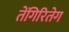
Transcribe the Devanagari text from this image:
तेंगिरितेग